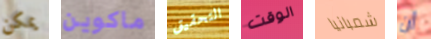
يمكن ماكوين التحقيق الوقت شمبانيا أن